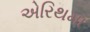
એરિથમા